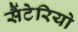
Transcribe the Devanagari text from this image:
सैंटेरियो